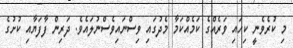
މި ކުރެވެނީ ކިހައި ވަރެއްގެ ކަމެއްކަމާ މެދުގައި ވިސްނައިވެސްނުލައެވެ. ދަރިން ފާފަޔާއި ކުށުގެ